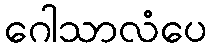
ဂေါသာလံပေ